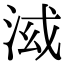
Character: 𣴤